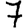
Digit: 7